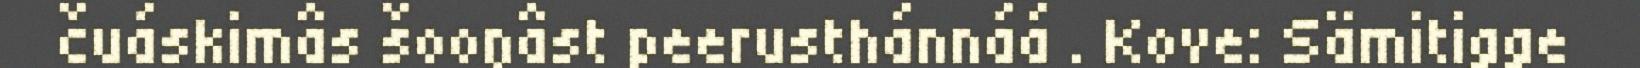
čuáskimâs šooŋâst peerusthánnáá . Kove: Sämitigge